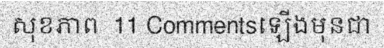
សុខភាព  11 Commentsឡើងមុនជា